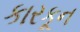
કારકૂન